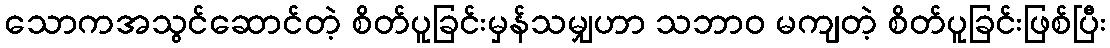
သောကအသွင်ဆောင်တဲ့ စိတ်ပူခြင်းမှန်သမျှဟာ သဘာဝ မကျတဲ့ စိတ်ပူခြင်းဖြစ်ပြီး